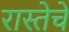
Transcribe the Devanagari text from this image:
रास्तेचे